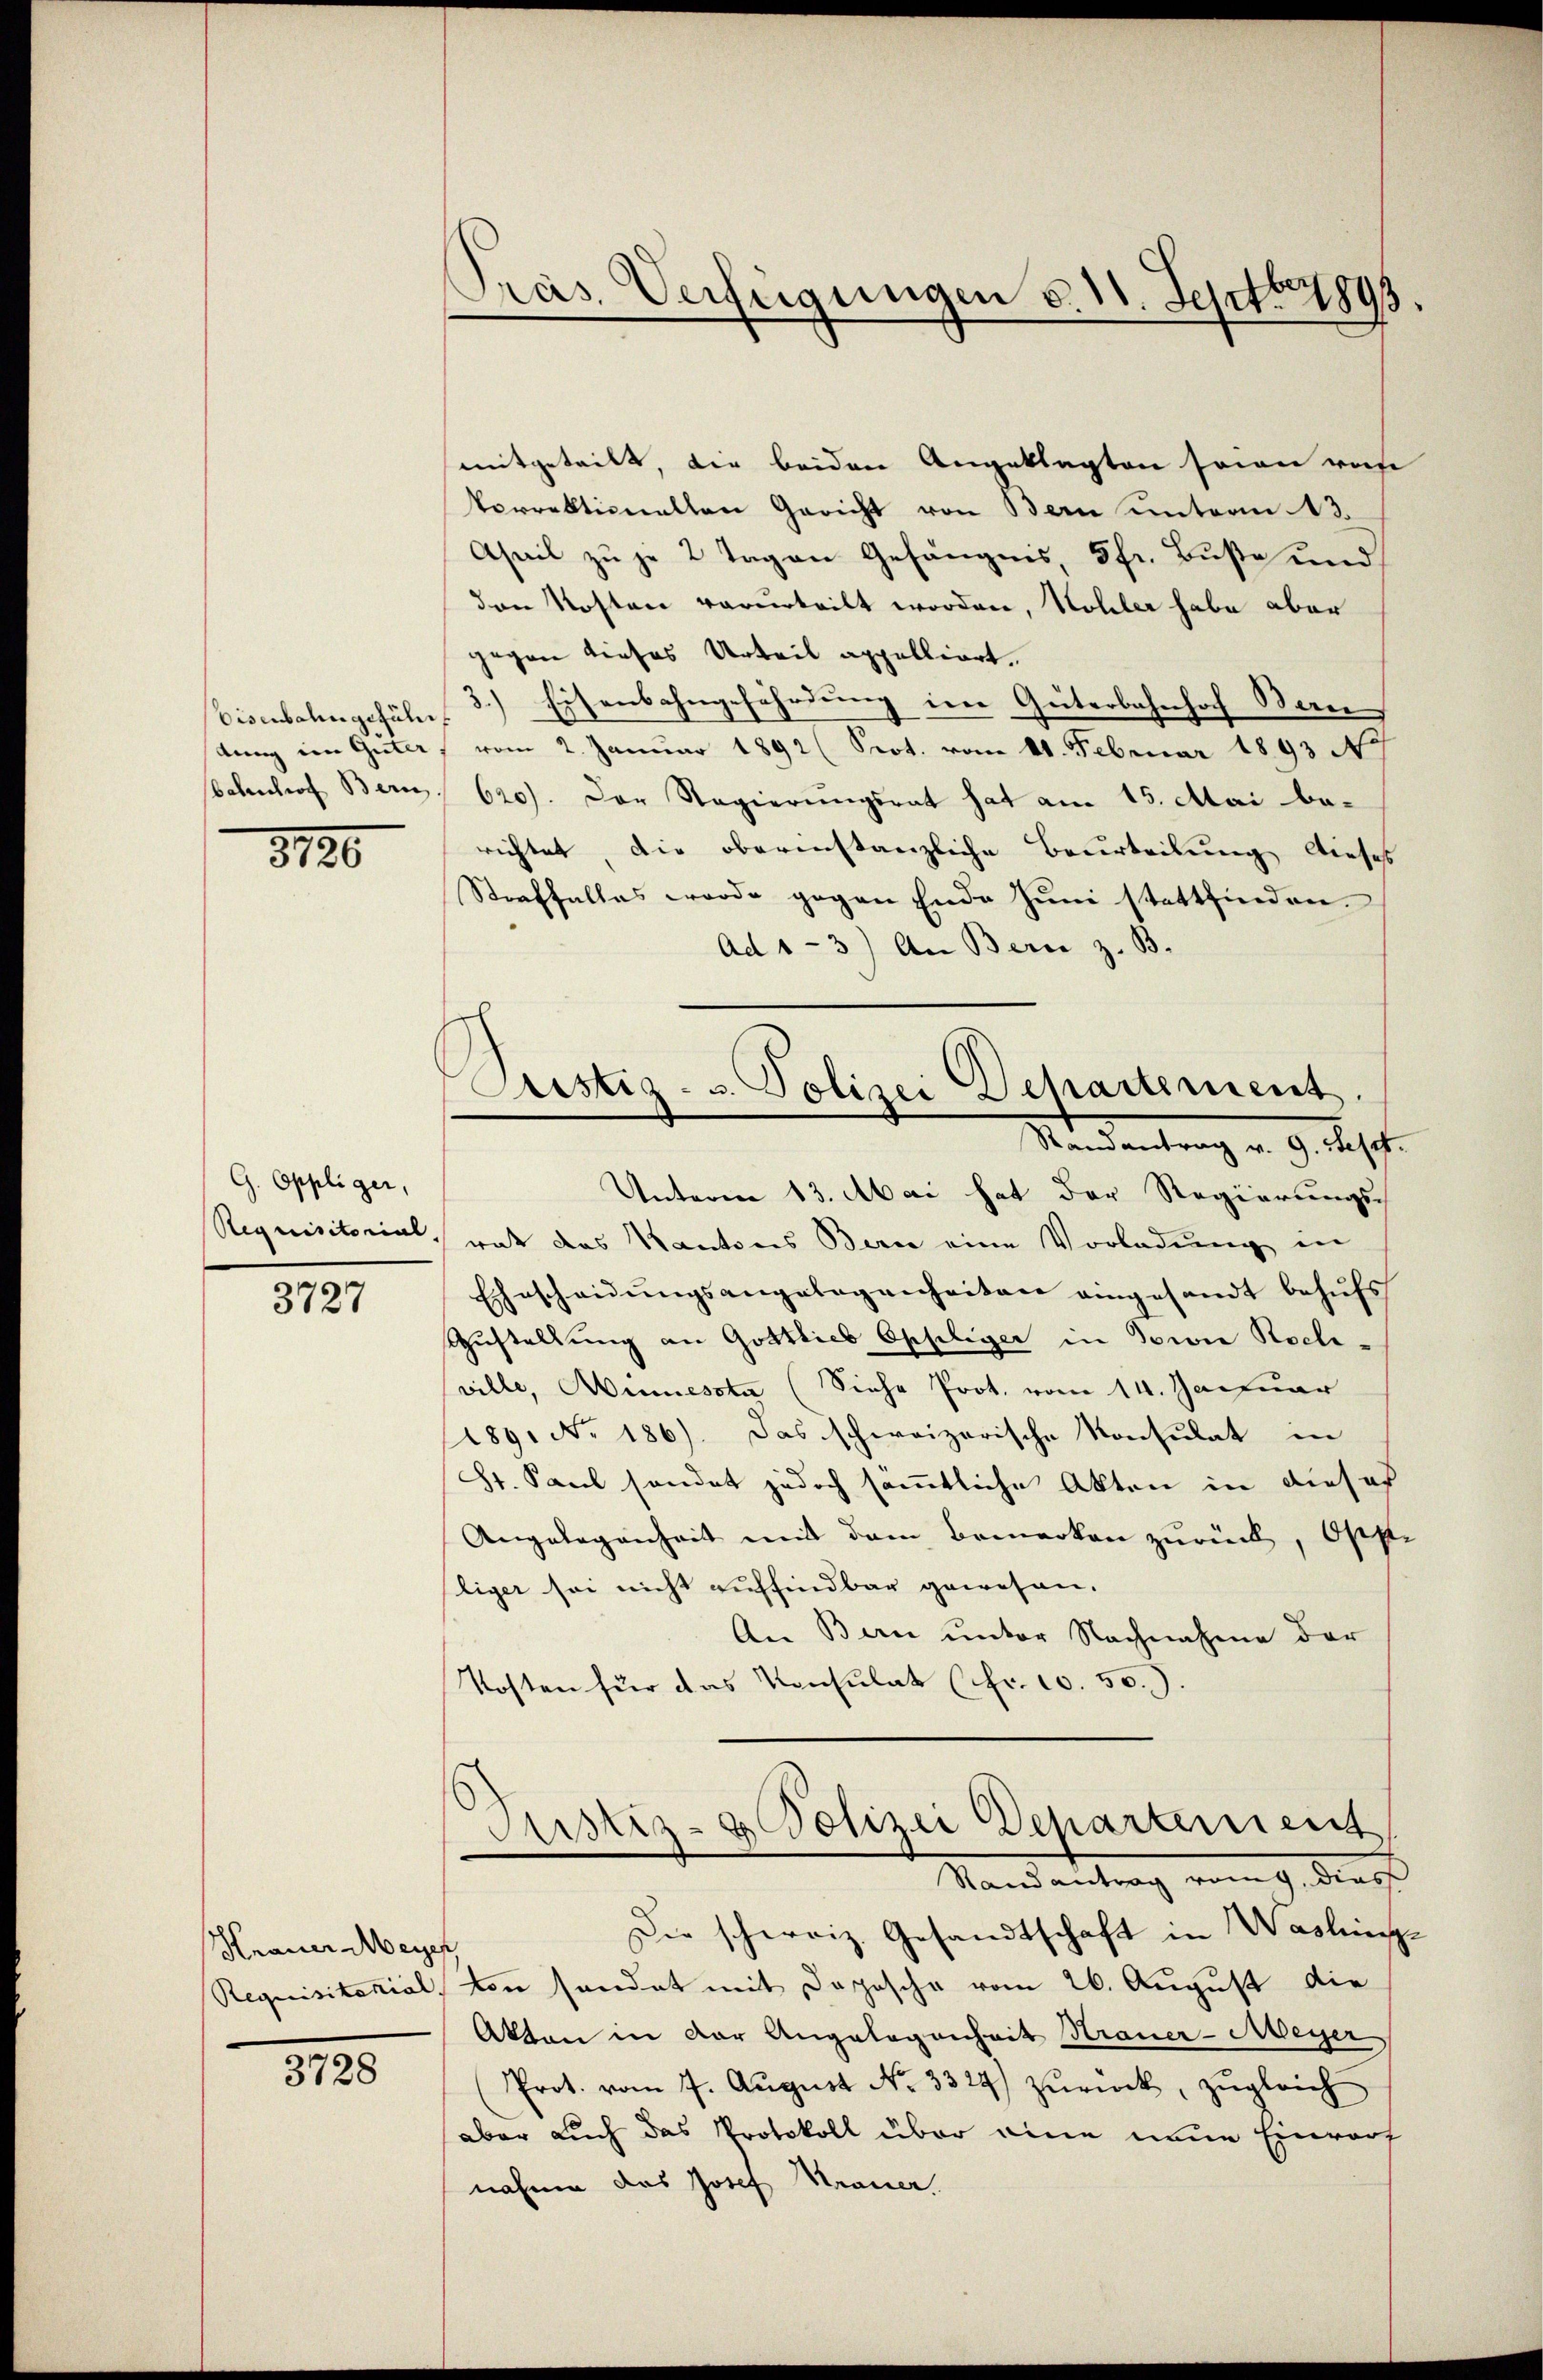
Eisenbahngeführ
dung im Güter

3186

G. Oppliger,

3727

Hraner Meyer

3728

Pras. Verfügungen d. 11. Sept 1893.

Justiz- u. Polizei Departement

mitgeteilt, die beiden Angeklagten sein ras
Vorrektionellen Gericht von Bern unterm 12.
Aseil zu je 2 Tagen Gefängnis 5 fr. Buße und
den Kosten verurteilt worden, Kohler habe aber
gegen dieses Urteil appelliert.
3.) Eisenbahngefährdung im Güterbahnhoch Ben
vom 2. Januar 1892 (Prot. vom 11. Februar 1893 No
bebenhof Bern, 620). Der Regierungsrat hat am 15. Mai berichtet, die oberinstanzliche Beurteilung dieses
Straffalles wurde gegen Ende Juni stattfinden.
Ad 1-3) An Bern z. B.
Randantrag v. 9. Sept.
Unterm 13. Mai hat der Regierungs-
Requisitorial, was das Kantons Bern eine Vorladung in
Ehescheidŭngsangelegenheiten eingesandt behŭfs
zustellung an Gottlieb Eppliger in Sowie Roch.
ville, Minnessta (Siehe Prot. vom 14. Januar
189. No 186). Das schweizerische Konsulat in
St. Paul sendet jedoch sämmtliche Akten in dieser
Angelegenheit mit dem Bemerken zurück, Oste
liger sei nicht auffindbar gewesen.
An Bern unter Nachnahme der
Kosten für das Konsulat (fr. 10. 50.).
Justiz- & Polizei Departement
Stand antrag vom 9. dies
Die schweiz. Gesandtschaft in Wasling-
Requisitorial, von sandat mit Dosische vom 26. August die
Akten in der Angelegenheit Strauer-Meyer
Prot. vom 7. Aŭgŭst No. 3324) zŭrück, zŭgleich
aber auch das Protokoll über eine neue Einwort
nahme das Josef Krauer